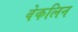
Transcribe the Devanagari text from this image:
वेकलिन